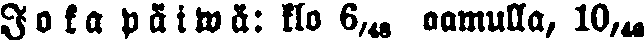
J o k a  p ä i w ä: klo 6,48 aamulla, 10,40